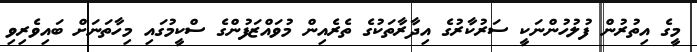
މީގެ އިތުރުން ފުލުހުންނަކީ ސަރުކާރުގެ އިދާރާތަކުގެ ތެރެއިން މުވައްޒަފުންގެ ސްކީމުގައި މިހާތަނަށް ބައިވެރިވި